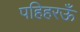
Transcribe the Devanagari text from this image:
पहिहरऊँ